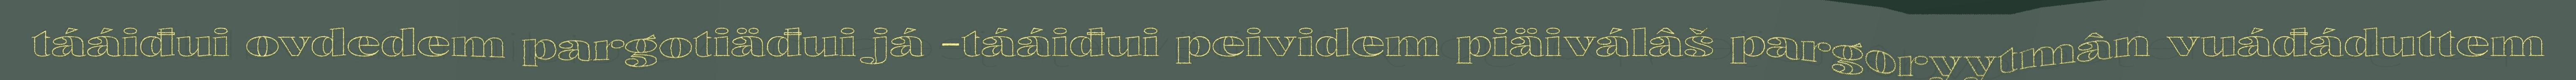
tááiđui ovdedem pargotiäđui já -tááiđui peividem piäiválâš pargoryytmân vuáđáduttem